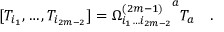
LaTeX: [ T _ { i _ { 1 } } , \dots , T _ { i _ { 2 m - 2 } } ] = { \Omega _ { i _ { 1 } \ldots i _ { 2 m - 2 } } ^ { ( 2 m - 1 ) } } ^ { a } T _ { a } \quad .